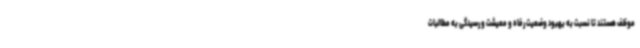
موظف هستند تا نسبت به بهبود وضعیت رفاه و معیشت و رسیدگی به‌ مطالبات